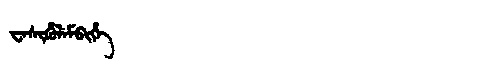
Manchu: ᠸᡝᠰᡳᡥᡠᠯᡝᠮᠪᡳᡥᡝ
Romanization: WESIHULEMBIHE